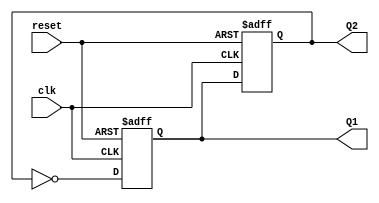
module dual_stage_johnson_counter (
    input wire clk,         // Clock input
    input wire reset,       // Asynchronous reset input
    output reg Q1,         // Output of the first flip-flop
    output reg Q2          // Output of the second flip-flop
);

    // Always block triggered by clock and reset
    always @(posedge clk or posedge reset) begin
        if (reset) begin
            // Asynchronous reset: initialize to 00
            Q1 <= 1'b0;
            Q2 <= 1'b0;
        end else begin
            // Johnson counter logic
            Q1 <= ~Q2; // Inverted output of Q2 fed into Q1
            Q2 <= Q1;  // Current state of Q1 fed into Q2
        end
    end

endmodule